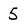
Character: 5